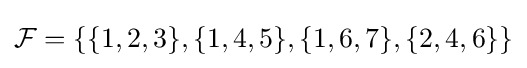
{\mathcal {F}}=\{\{1,2,3\},\{1,4,5\},\{1,6,7\},\{2,4,6\}\}